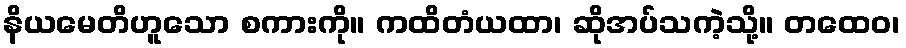
နိယမေတိဟူသော စကားကို။ ကထိတံယထာ၊ ဆိုအပ်သကဲ့သို့။ တထေဝ၊